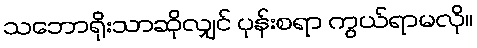
သဘောရိုးသာဆိုလျှင် ပုန်းစရာ ကွယ်ရာမလို။